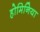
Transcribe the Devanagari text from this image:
होमिनिया